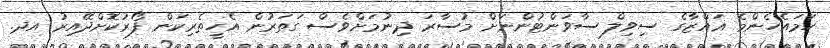
ހަމައެހެންމެ ޣައްޒާގެ ސިވިލް ސާވަންޓުންނަށް މުސާރަ ދިނުމަށްވެސް ގަތަރުން އެހީތެރިކަން ފޯރުކޮށްދޭއިރު އދ.